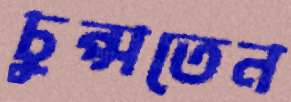
চুপ্‌সতেন